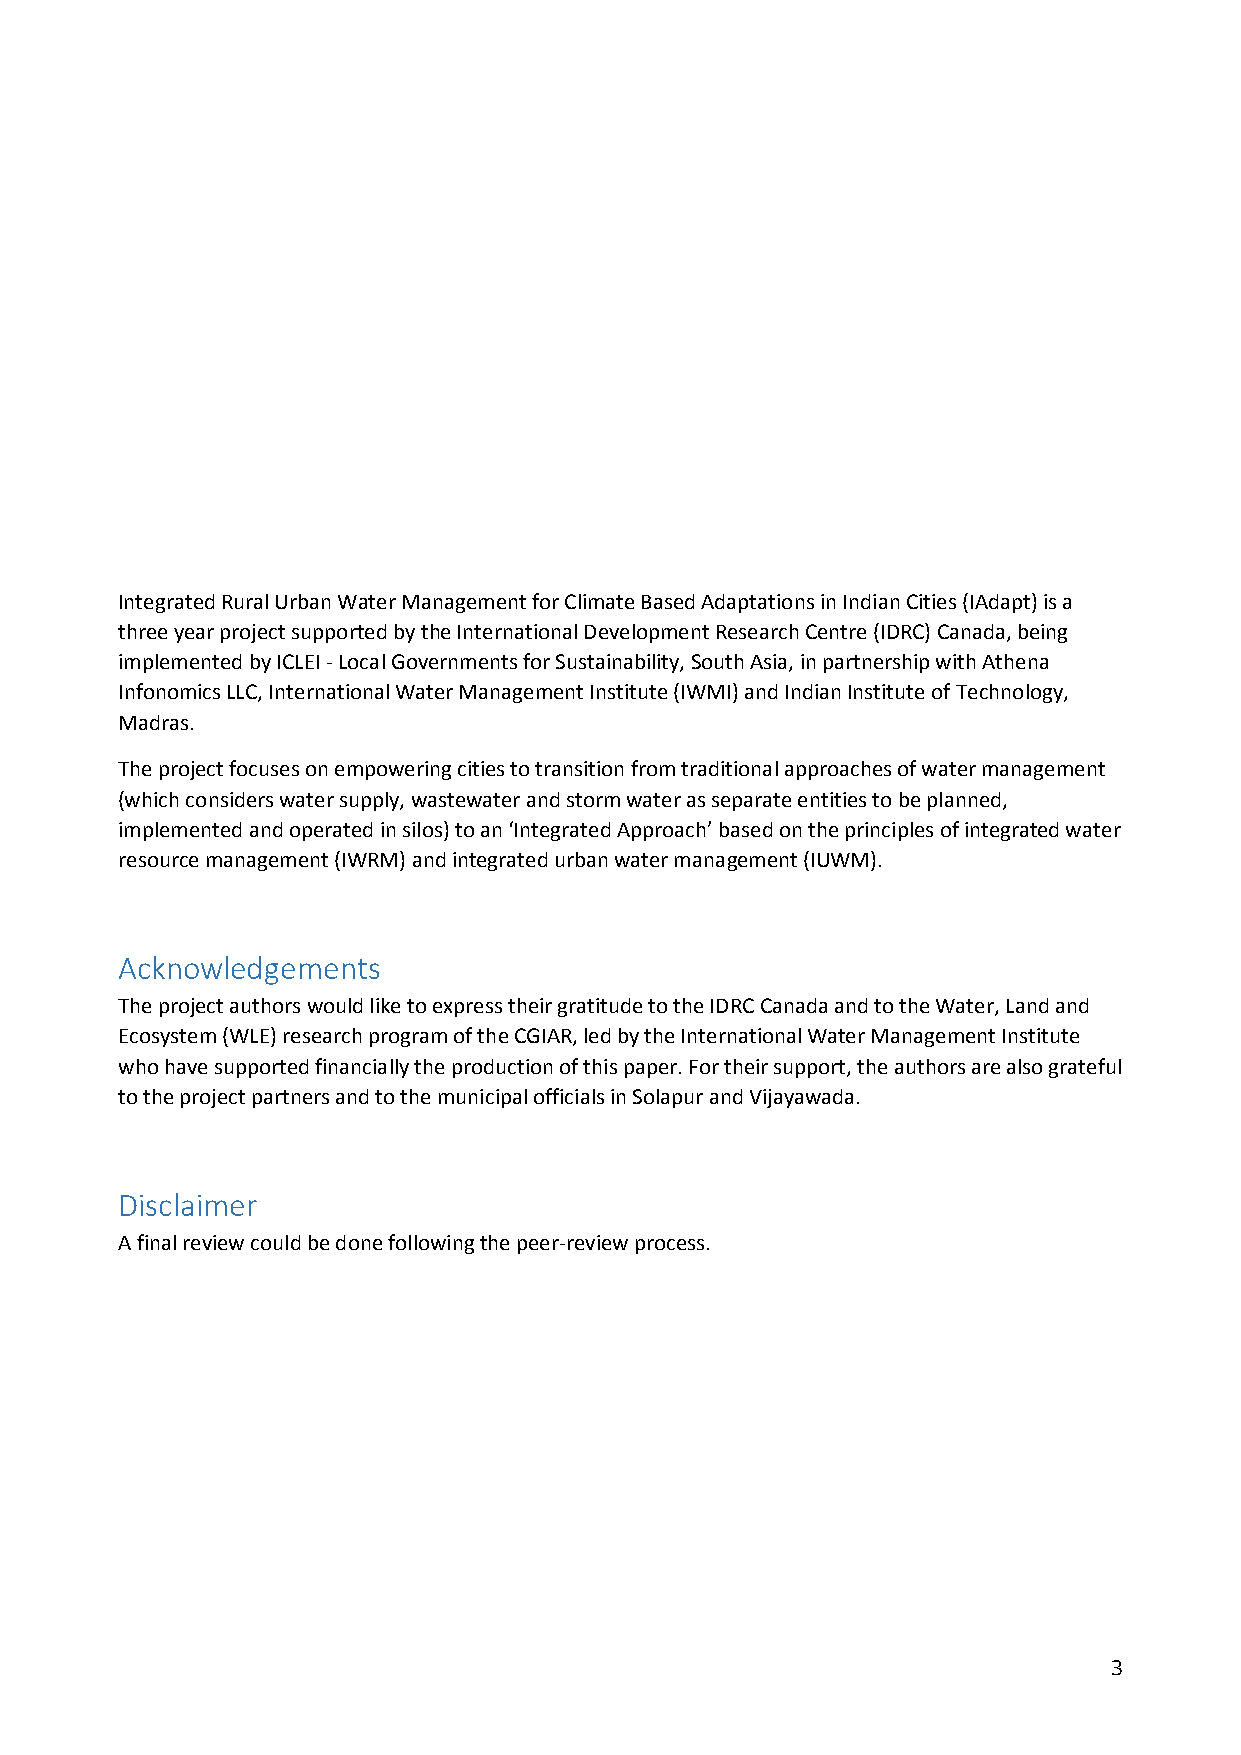
Integrated Rural Urban Water Management for Climate Based Adaptations in Indian Cities (IAdapt) is a
 three year project supported by the International Development Research Centre (IDRC) Canada, being
 implemented by ICLEI - Local Governments for Sustainability, South Asia, in partnership with Athena
 Infonomics LLC, International Water Management Institute (IWMI) and Indian Institute of Technology,
 Madras.
 The project focuses on empowering cities to transition from traditional approaches of water management
 (which considers water supply, wastewater and storm water as separate entities to be planned,
 implemented and operated in silos) to an ‘Integrated Approach’ based on the principles of integrated water
 resource management (IWRM) and integrated urban water management (IUWM).
 Acknowledgements
 The project authors would like to express their gratitude to the IDRC Canada and to the Water, Land and
 Ecosystem (WLE) research program of the CGIAR, led by the International Water Management Institute
 who have supported financially the production of this paper. For their support, the authors are also grateful
 to the project partners and to the municipal officials in Solapur and Vijayawada.
 Disclaimer
 A final review could be done following the peer-review process.
 3